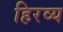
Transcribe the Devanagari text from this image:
हिरव्य